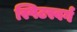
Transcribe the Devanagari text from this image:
स्पिटस्वर्ग